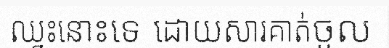
ឈ្នះនោះទេ ដោយសារគាត់ចូល